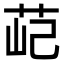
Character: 䒻